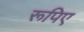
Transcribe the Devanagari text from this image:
रूपिए